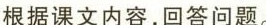
根据课文内容，回答问题。